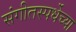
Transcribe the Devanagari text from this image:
संगीतस्पर्धेच्या